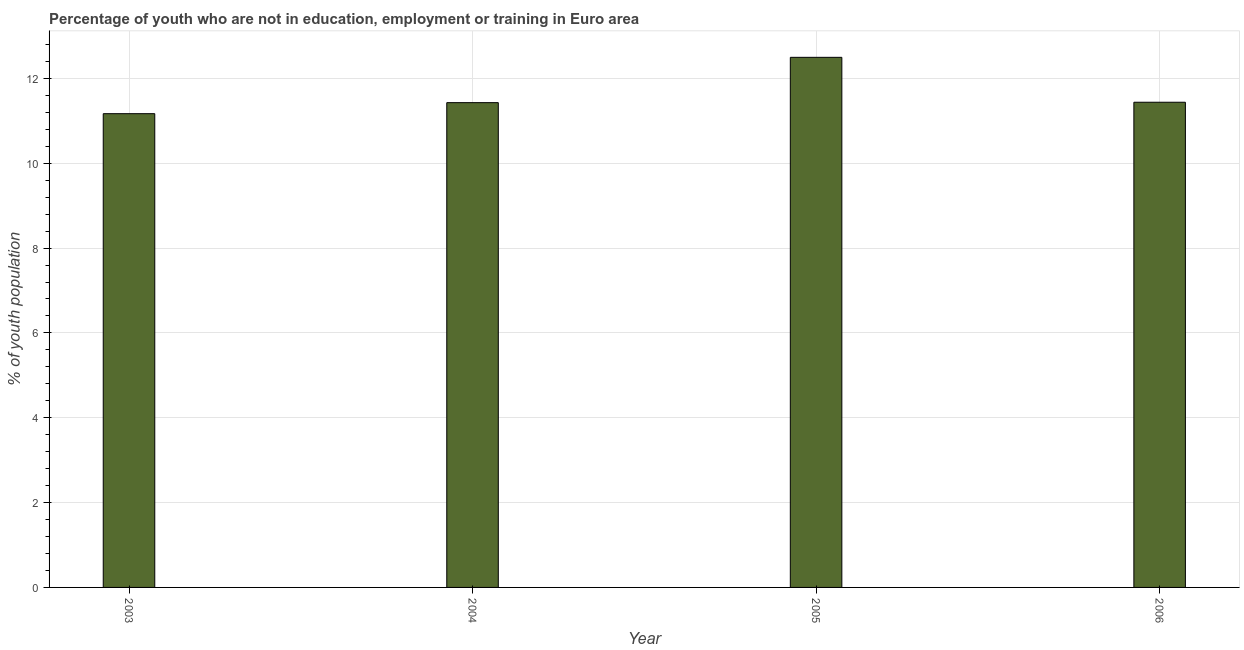
| Year | Unemployed youth |
 | --- | --- |
 | 2003 | 11.2 |
 | 2004 | 11.4 |
 | 2005 | 12.5 |
 | 2006 | 11.4 |